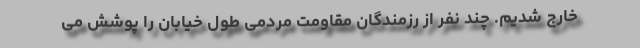
خارج شدیم. چند نفر از رزمندگان مقاومت مردمی طول خیابان را پوشش می